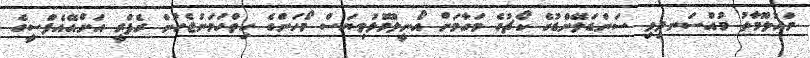
މައުލޫމާތު މުއްސަނދިވި ސަންޑަލޭންޑުގެ ކޯޗުގެ މަގާމަށް އޯނީލްމޮޅުވިޔަސް މޯހަންގެ ހިތްހަމަނުޖެހުން ރެފްރީ އަށްއޭއެފްސީގެ